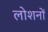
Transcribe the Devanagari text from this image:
लोशनों